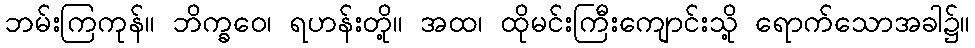
ဘမ်းကြကုန်။ ဘိက္ခဝေ၊ ရဟန်းတို့။ အထ၊ ထိုမင်းကြီးကျောင်းသို့ ရောက်သောအခါ၌။